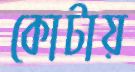
কোটায়